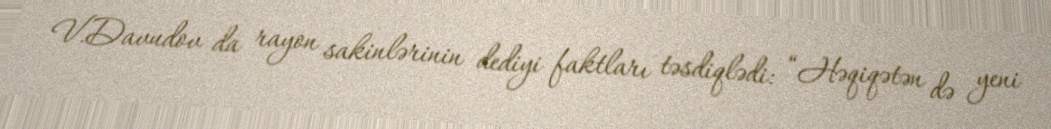
V.Davudov da rayon sakinlərinin dediyi faktları təsdiqlədi: “Həqiqətən də yeni